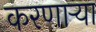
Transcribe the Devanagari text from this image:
करणार्‍या